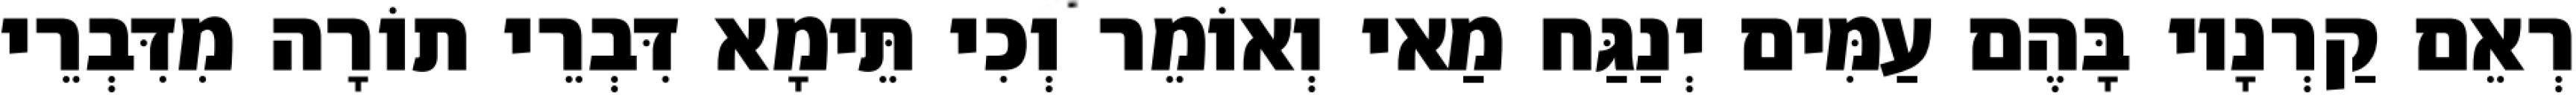
רְאֵם קַרְנָיו בָּהֶם עַמִּים יְנַגַּח מַאי וְאוֹמֵר וְכִי תֵּימָא דִּבְרֵי תוֹרָה מִדִּבְרֵי